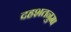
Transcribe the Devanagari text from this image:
दहशतनुमा